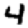
Digit: 4